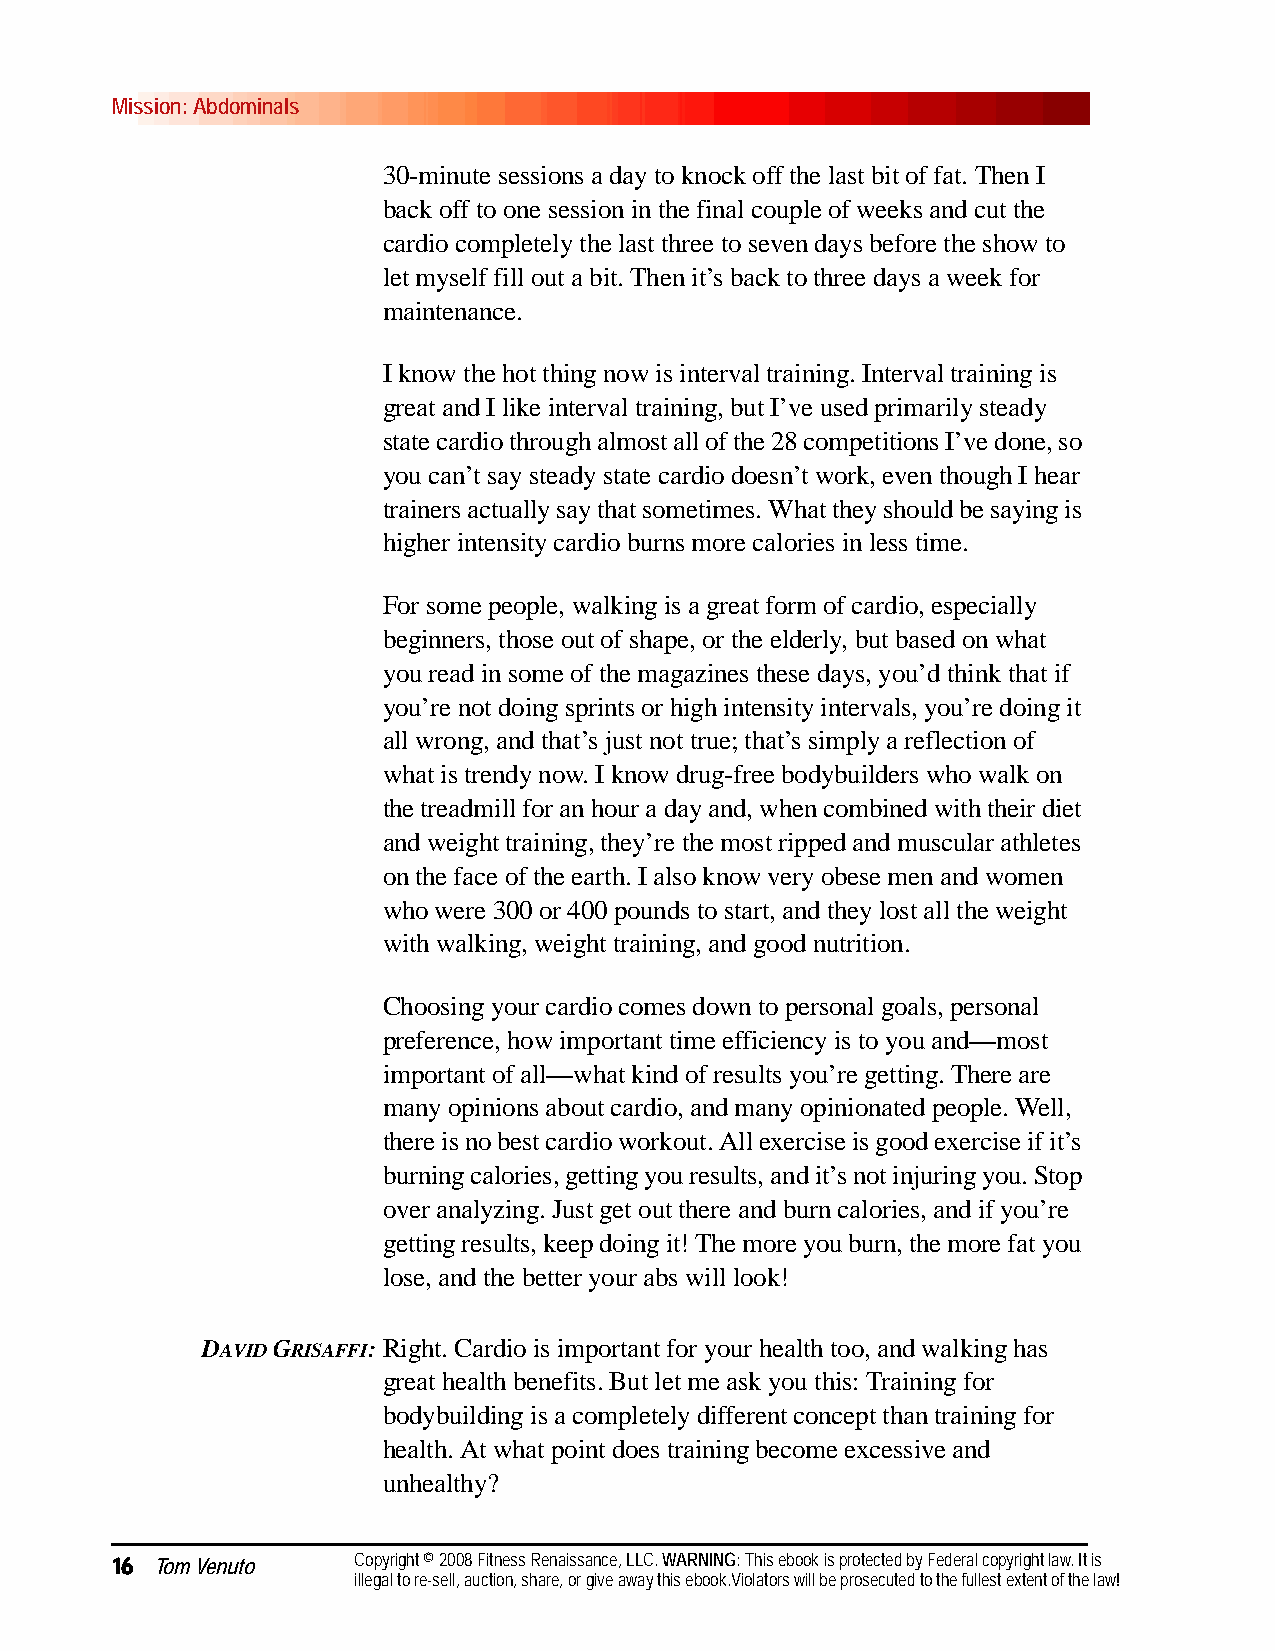
Mission: Abdominals
 30-minute sessions a day to knock off the last bit of fat. Then I
 back off to one session in the final couple of weeks and cut the
 cardio completely the last three to seven days before the show to
 let myself fill out a bit. Then it’s back to three days a week for
 maintenance.
 I know the hot thing now is interval training. Interval training is
 great and I like interval training, but I’ve used primarily steady
 state cardio through almost all of the 28 competitions I’ve done, so
 you can’t say steady state cardio doesn’t work, even though I hear
 trainers actually say that sometimes. What they should be saying is
 higher intensity cardio burns more calories in less time.
 For some people, walking is a great form of cardio, especially
 beginners, those out of shape, or the elderly, but based on what
 you read in some of the magazines these days, you’d think that if
 you’re not doing sprints or high intensity intervals, you’re doing it
 all wrong, and that’s just not true; that’s simply a reflection of
 what is trendy now. I know drug-free bodybuilders who walk on
 the treadmill for an hour a day and, when combined with their diet
 and weight training, they’re the most ripped and muscular athletes
 on the face of the earth. I also know very obese men and women
 who were 300 or 400 pounds to start, and they lost all the weight
 with walking, weight training, and good nutrition.
 Choosing your cardio comes down to personal goals, personal
 preference, how important time efficiency is to you and—most
 important of all—what kind of results you’re getting. There are
 many opinions about cardio, and many opinionated people. Well,
 there is no best cardio workout. All exercise is good exercise if it’s
 burning calories, getting you results, and it’s not injuring you. Stop
 over analyzing. Just get out there and burn calories, and if you’re
 getting results, keep doing it! The more you burn, the more fat you
 lose, and the better your abs will look!
 DAVID GRISAFFI:Right. Cardio is important for your health too, and walking has
 great health benefits. But let me ask you this: Training for
 bodybuilding is a completely different concept than training for
 health. At what point does training become excessive and
 unhealthy?
 16 Tom Venuto   Copyright © 2008 Fitness Renaissance, LLC. WARNING: This ebook is protected by Federal copyright law. It is
 illegal to re-sell, auction, share, or give away this ebook.Violators will be prosecuted to the fullest extent of the law!